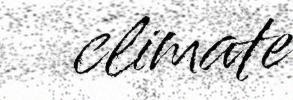
climate